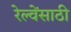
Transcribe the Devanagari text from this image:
रेल्वेंसाठी